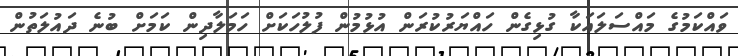
ވައްކަމުގެ މައްސަލައަކާ ގުޅިގެން ހައްޔަރުކުރަން އުޅުމުން ފުލުހަކަށް ހަމަލާދިން ކަމަށް ބުނެ ދައުލަތުން